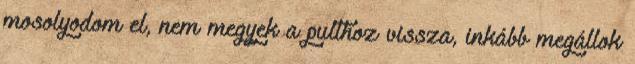
mosolyodom el, nem megyek a pulthoz vissza, inkább megállok